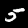
Label: 5